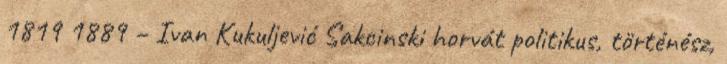
1819 1889 – Ivan Kukuljević Sakcinski horvát politikus, történész,